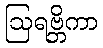
ဩရဗ္ဘိကာ